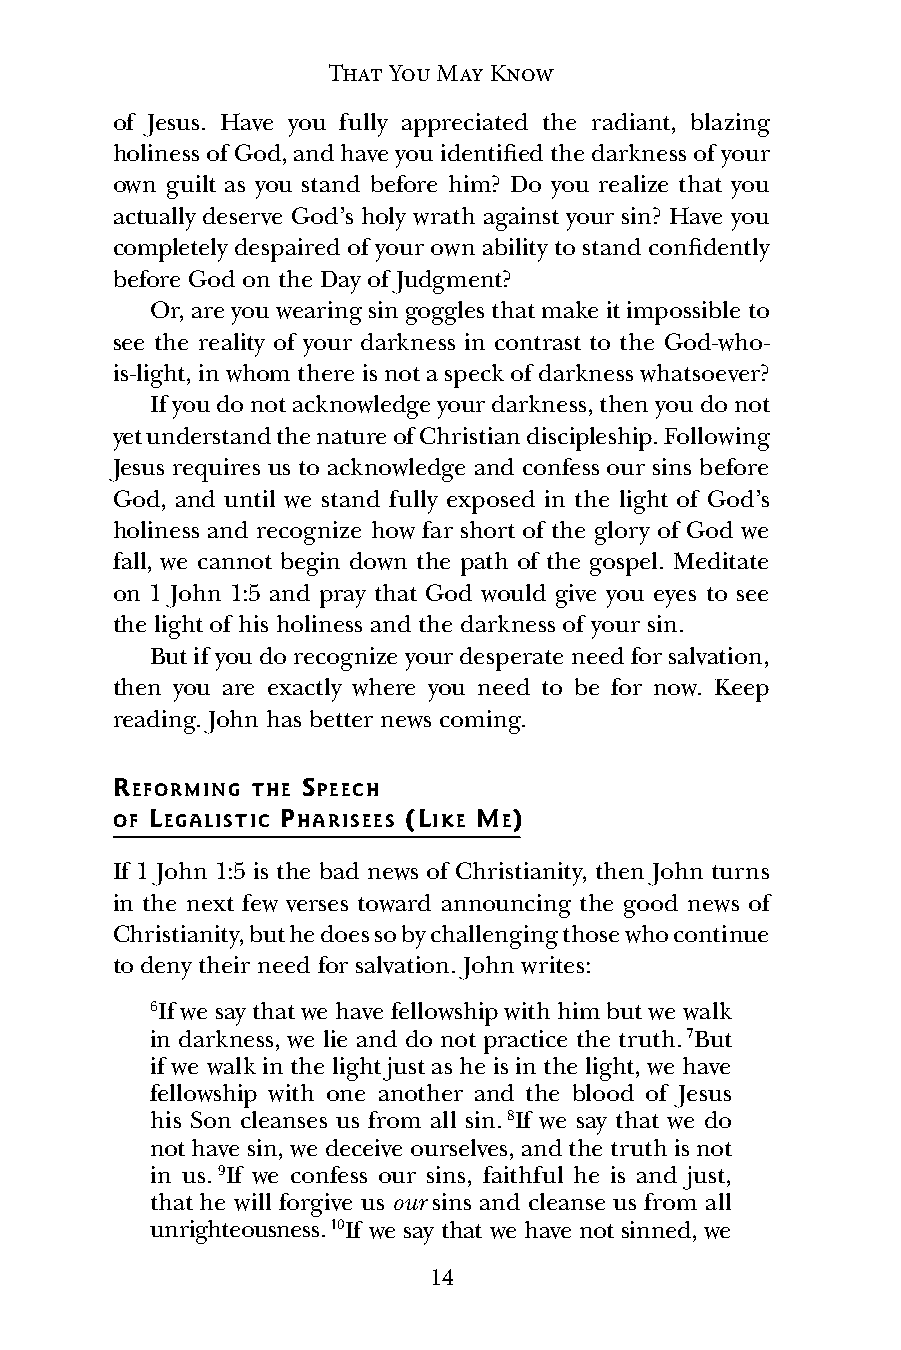
That You May Know
 of Jesus. Have you fully appreciated the radiant, blazing
 holiness of God, and have you identified the darkness of your
 own guilt as you stand before him? Do you realize that you
 actually deserve God’s holy wrath against your sin? Have you
 completely despaired of your own ability to stand confidently
 before God on the Day of Judgment?
 Or, are you wearing sin goggles that make it impossible to
 see the reality of your darkness in contrast to the God-who-
 is-light, in whom there is not a speck of darkness whatsoever?
 If you do not acknowledge your darkness, then you do not
 yet understand the nature of Christian discipleship. Following
 Jesus requires us to acknowledge and confess our sins before
 God, and until we stand fully exposed in the light of God’s
 holiness and recognize how far short of the glory of God we
 fall, we cannot begin down the path of the gospel. Meditate
 on 1 John 1:5 and pray that God would give you eyes to see
 the light of his holiness and the darkness of your sin.
 But if you do recognize your desperate need for salvation,
 then you are exactly where you need to be for now. Keep
 reading. John has better news coming.
 REFORMING THE SPEECH
 OF LEGALISTIC PHARISEES (LIKE ME)
 If 1 John 1:5 is the bad news of Christianity, then John turns
 in the next few verses toward announcing the good news of
 Christianity, but he does so by challenging those who continue
 to deny their need for salvation. John writes:
 6If we say that we have fellowship with him but we walk
 in darkness, we lie and do not practice the truth. 7But
 if we walk in the light just as he is in the light, we have
 fellowship with one another and the blood of Jesus
 his Son cleanses us from all sin. 8If we say that we do
 not have sin, we deceive ourselves, and the truth is not
 in us. 9If we confess our sins, faithful he is and just,
 that he will forgive us our sins and cleanse us from all
 unrighteousness. 10If we say that we have not sinned, we
 14